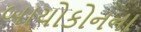
બાયોકોનના